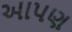
આપણ